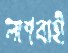
লাশবাহী